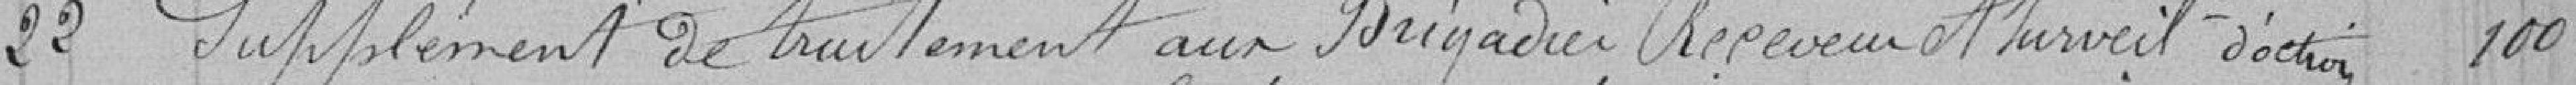
22 Supplément de traitement au Brigadier, Receveur et surveillance d'octroi 100.